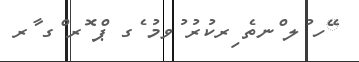
ޭހ ުލ ްނތެ ިރކުރު ުވމު ެގ ޕް ޮރ ްގ ާރ